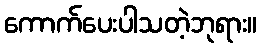
ကောက်ပေးပါသတဲ့ဘုရား။